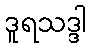
ဒူရသဒ္ဒါ